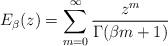
LaTeX: \begin{align*} E_\beta(z) = \sum_{m = 0}^\infty \frac{z^m}{\Gamma(\beta m+1)}\end{align*}